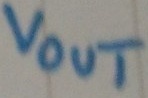
Text: Vout